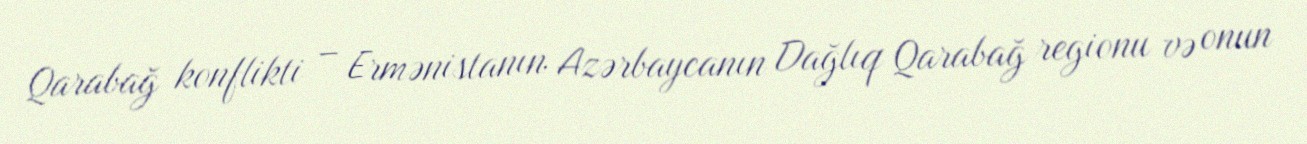
Qarabağ konflikti – Ermənistanın Azərbaycanın Dağlıq Qarabağ regionu və onun